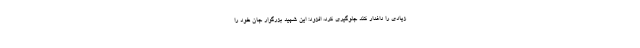
زیادی را داغدار کند جلوگیری کرد، افزود: این شهید بزرگوار جان خود را